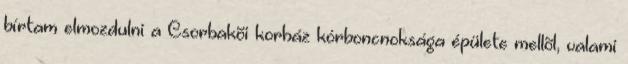
bírtam elmozdulni a Csorbakõi korház kórboncnoksága épülete mellõl, valami